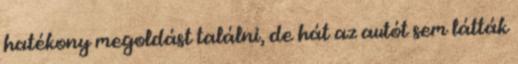
hatékony megoldást találni, de hát az autót sem látták